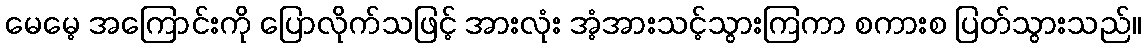
မေမေ့ အကြောင်းကို ပြောလိုက်သဖြင့် အားလုံး အံ့အားသင့်သွားကြကာ စကားစ ပြတ်သွားသည်။